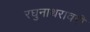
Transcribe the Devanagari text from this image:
रघुनाथरावही